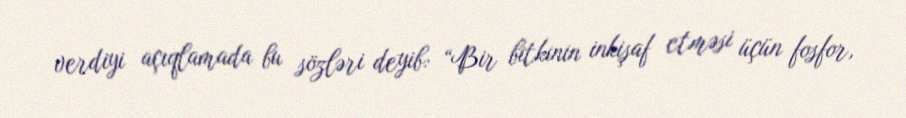
verdiyi açıqlamada bu sözləri deyib: “Bir bitkinin inkişaf etməsi üçün fosfor,